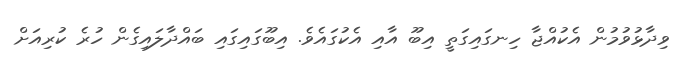
ވިދާޅުވުމުން އެކުއްޖާ ހިނގައިގަތީ އިބޫ އާއި އެކުގައެވެ. އިބޫގައިގައި ބައްދާލައިގެން ހުރެ ކުރިއަށް